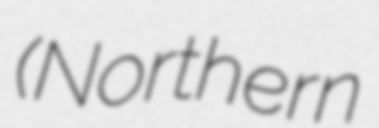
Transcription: (Northern